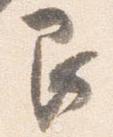
艮